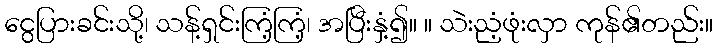
ငွေပြားခင်းသို့၊ သန့်ရှင်းကြံ့ကြံ့၊ အပြီးနှံ့၍။ ။ သဲးညံ့ဖုံးလှာ ကုန်၏တည်း။